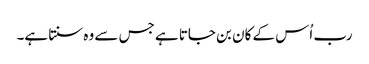
رب اُس کے کان بن جاتا ہے جس سے وہ سنتا ہے۔